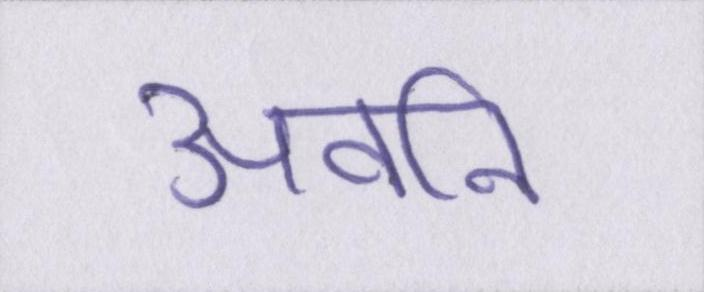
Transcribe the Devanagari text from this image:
अवनि